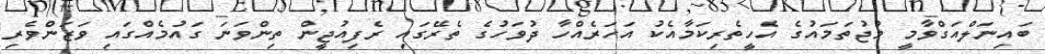
ބައިނަލްއަގްވާމީ މުޖުތަމައުގެ އެހީތެރިކަމާއެކު އަހަރެއްހާ ދުވަހުގެ ތެރޭގައި ރެފިއުޖީން ތިންވަނަ ގައުމެއްގައި ވަޒަންވެރި